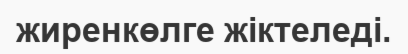
жиренкөлге жіктеледі.